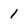
Character: 1